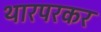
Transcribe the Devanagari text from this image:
थारपरकर